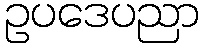
ဥပဒေပညာ